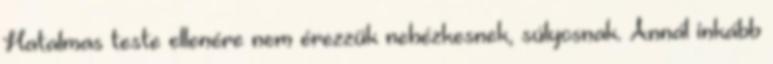
Hatalmas teste ellenére nem érezzük nehézkesnek, súlyosnak. Annál inkább